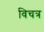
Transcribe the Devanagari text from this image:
विचत्र